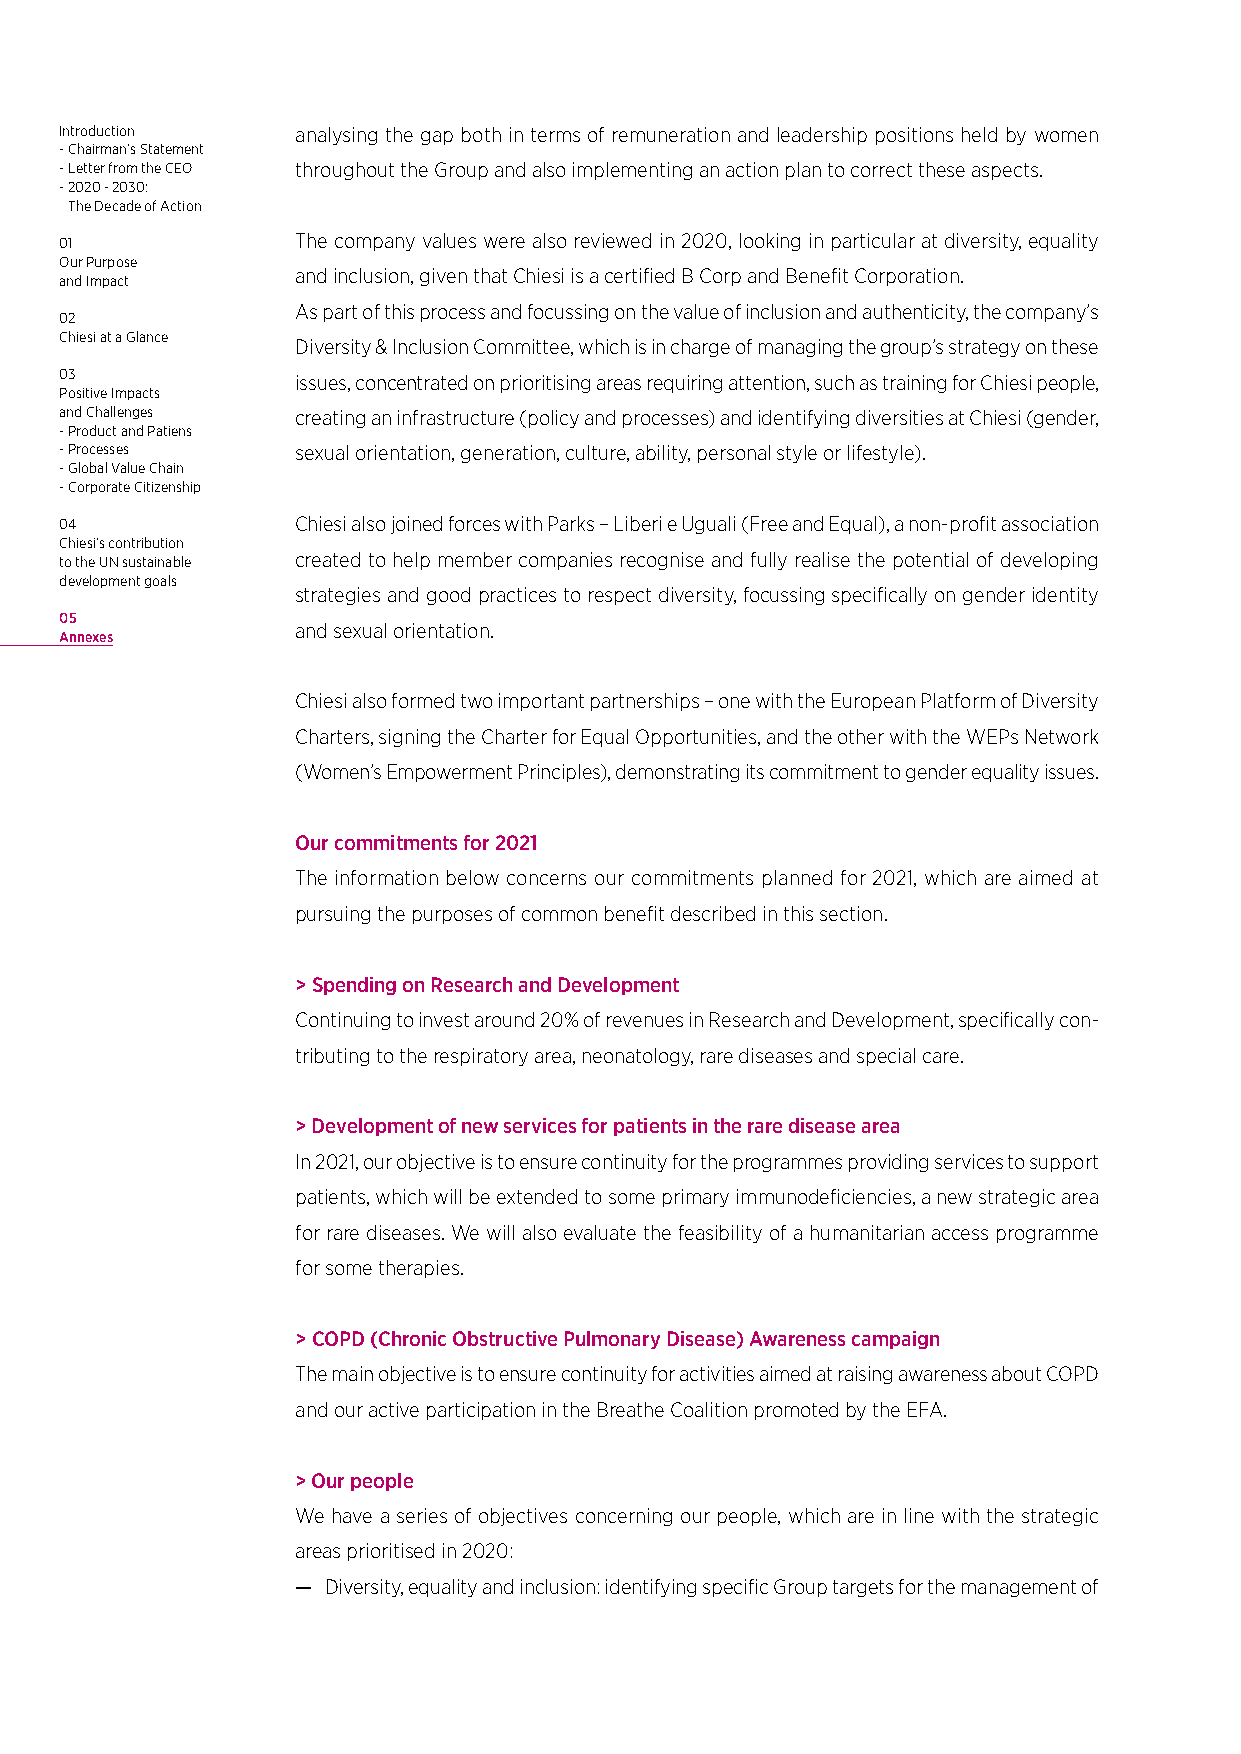
Introduction    analysing the gap both in terms of remuneration and leadership positions held by women
 - Chairman’s Statement
 - Letter from the CEO throughout the Group and also implementing an action plan to correct these aspects.
 - 2020 - 2030:
 The Decade of Action
 01              The company values were also reviewed in 2020, looking in particular at diversity, equality
 Our Purpose
 and inclusion, given that Chiesi is a certified B Corp and Benefit Corporation.
 and Impact
 As part of this process and focussing on the value of inclusion and authenticity, the company’s
 02
 Chiesi at a Glance
 Diversity & Inclusion Committee, which is in charge of managing the group’s strategy on these
 03              issues, concentrated on prioritising areas requiring attention, such as training for Chiesi people,
 Positive Impacts
 and Challenges  creating an infrastructure (policy and processes) and identifying diversities at Chiesi (gender,
 - Product and Patiens
 - Processes     sexual orientation, generation, culture, ability, personal style or lifestyle).
 - Global Value Chain
 - Corporate Citizenship
 04              Chiesi also joined forces with Parks – Liberi e Uguali (Free and Equal), a non-profit association
 Chiesi’s contribution
 to the UN sustainable created to help member companies recognise and fully realise the potential of developing
 development goals
 strategies and good practices to respect diversity, focussing specifically on gender identity
 05
 and sexual orientation.
 Annexes
 Chiesi also formed two important partnerships – one with the European Platform of Diversity
 Charters, signing the Charter for Equal Opportunities, and the other with the WEPs Network
 (Women’s Empowerment Principles), demonstrating its commitment to gender equality issues.
 Our commitments for 2021
 The information below concerns our commitments planned for 2021, which are aimed at
 pursuing the purposes of common benefit described in this section.
 > Spending on Research and Development
 Continuing to invest around 20% of revenues in Research and Development, specifically con-
 tributing to the respiratory area, neonatology, rare diseases and special care.
 > Development of new services for patients in the rare disease area
 In 2021, our objective is to ensure continuity for the programmes providing services to support
 patients, which will be extended to some primary immunodeficiencies, a new strategic area
 for rare diseases. We will also evaluate the feasibility of a humanitarian access programme
 for some therapies.
 > COPD (Chronic Obstructive Pulmonary Disease) Awareness campaign
 The main objective is to ensure continuity for activities aimed at raising awareness about COPD
 and our active participation in the Breathe Coalition promoted by the EFA.
 > Our people
 We have a series of objectives concerning our people, which are in line with the strategic
 areas prioritised in 2020:
 — Diversity, equality and inclusion: identifying specific Group targets for the management of